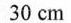
30cm